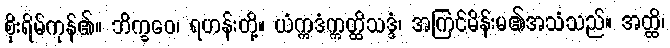
စိုးရိမ်ကုန်၏။ ဘိက္ခဝေ၊ ရဟန်းတို့။ ယံဣဒံဣတ္ထိသဒ္ဒံ၊ အကြင်မိန်းမ၏အသံသည်။ အတ္ထိ၊